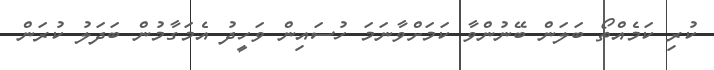
ކުރި ކަމެއްތޯ ބަލަން ބޭނުންވާ ކަމަށްވާނަމަ ހުސައިން ވަހީދު އެމަގާމުން ބަދަލު ކުރަން